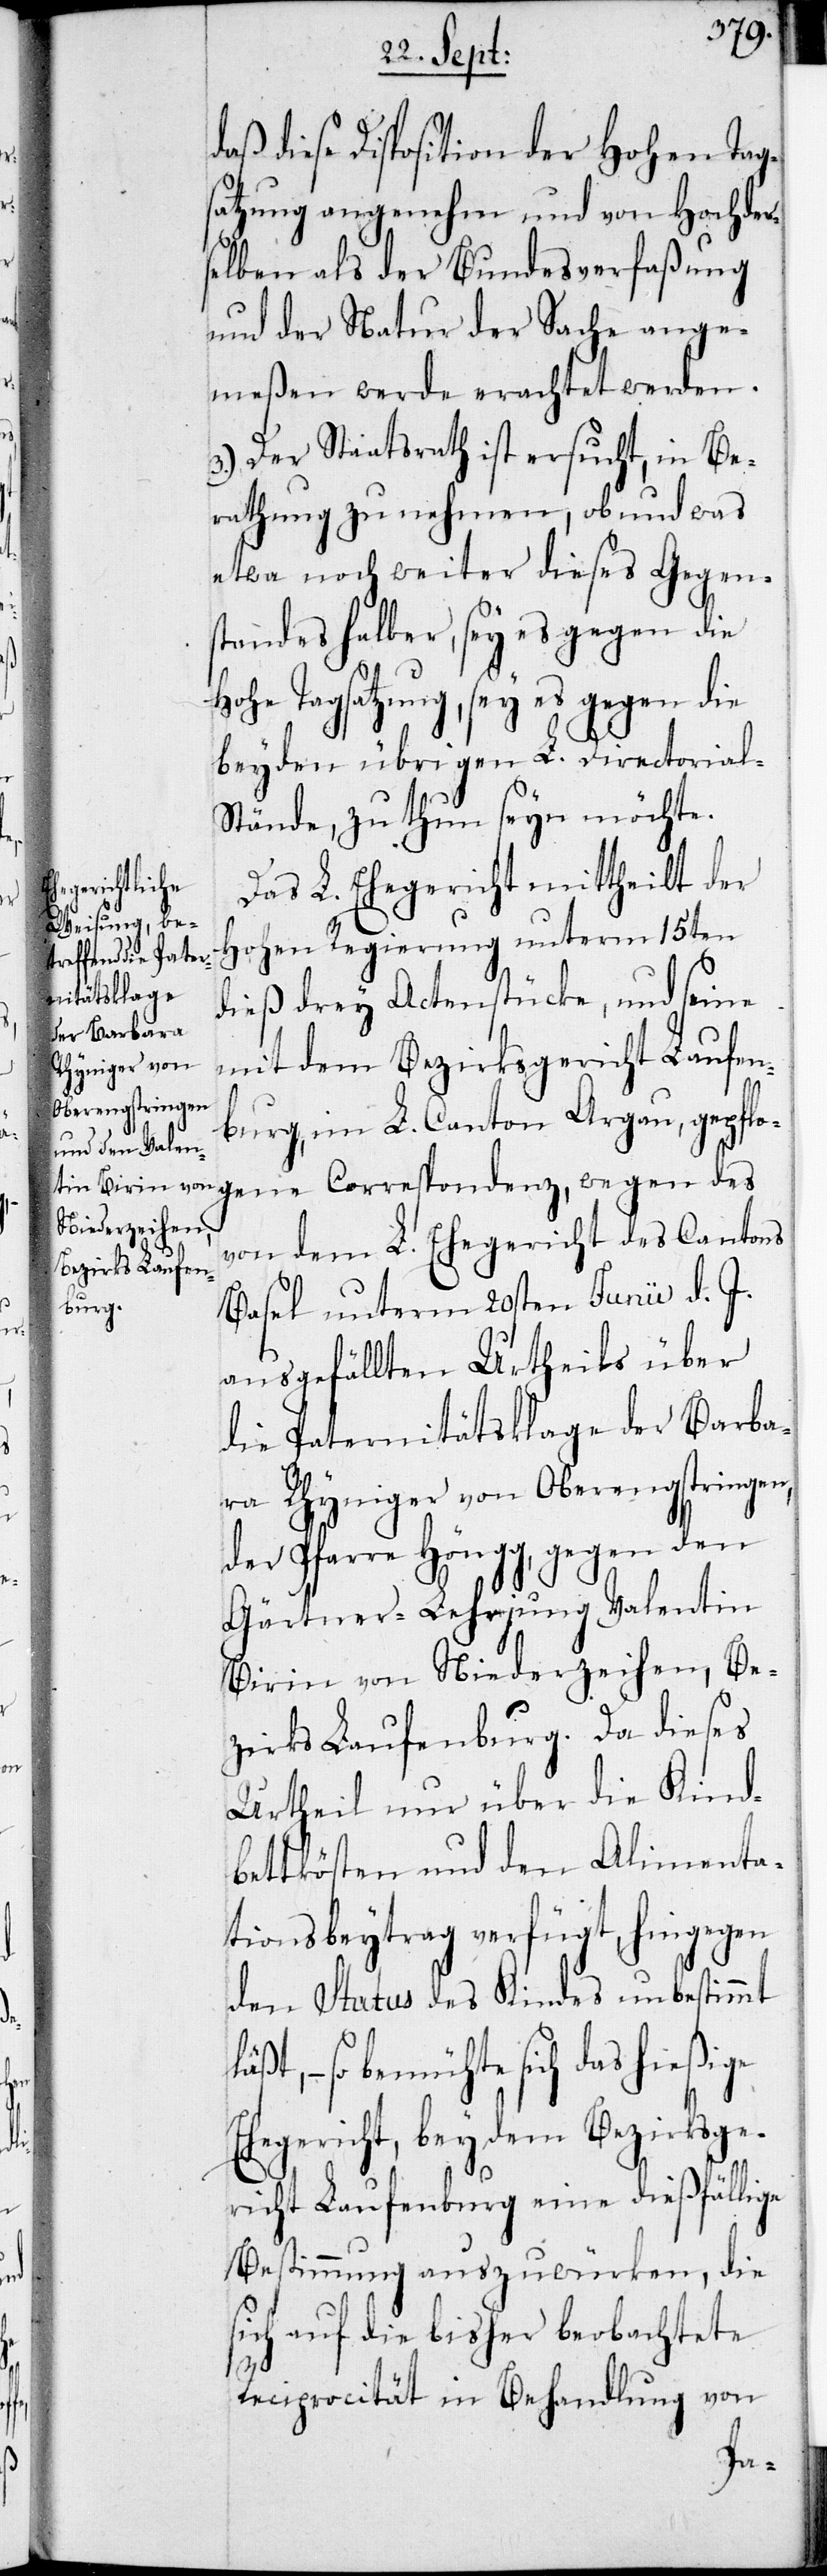
ene

daß diese Disposition der Hohen Tag¬
satzung angenehm und von Hochder¬
selben als der Bundesverfaßung
und der Natur der Sache ange¬
meßen werde erachtet werden.
3.) Der Staatsarath ist ersucht, in Be¬
rathung zu nehmen, ob und was
etwa noch weiter dieses Gegen¬
standes halber, sey es gegen die
Hohe Tagsatzung, sey es gegen die
beyden übrigen L. Directorial-S¬
tände, zu thun seyn möchte.
Das L. Ehegericht mittheilt der
Hohen Regierung unterm 15ten
dieß drey Akcenstücke, und seine
mit dem Bezirksgericht Laufen¬
burg, im L. Canton Argau, gepflog¬
von dem L. Ehegericht des Cantons
Basel unterm 20sten Junii d. J.
ausgefällten Urtheils über
die Paternitätsklage der Barba¬
ra Rhyniger von Oberengstringen,
der Pfarre Höngg, gegen den
Gärtner-Lehrjung Valentin
Birin von Niederzeihen, Be¬
zirks Laufenburg. Da dieses
Urtheil nur über die Kind¬
bettkösten und den Alimenta¬
tionsbeytrag verfügt, hingegen
den Status des Kindes unbestimmt
ßt, – so bemühte sich das hießige
Ehegericht, bey dem Bezirksge¬
richt Laufenburg eine dießfällige
Bestimmung auszuwürken, die
sich auf die bisher beobachtete
Reciprocität in Behandlung von
lä¬